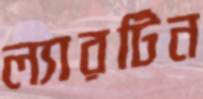
ল্যারটিন